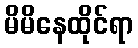
မိမိနေထိုင်ရာ